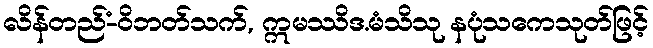
လိန်တည်-ံဝိဘတ်သက်, ဣမဿိဒ.မံသိသု နပုံသကေသုတ်ဖြင့်